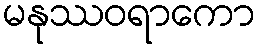
မနုဿဝရာကော